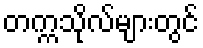
တက္ကသိုလ်များတွင်